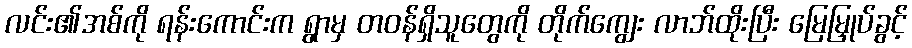
လင်း၏အစ်ကို ရန်းကောင်းက ရွာမှ တဝန်ရှိသူတွေကို တိုက်ကျွေး လာဘ်ထိုးပြီး မြေမြှုပ်ခွင့်